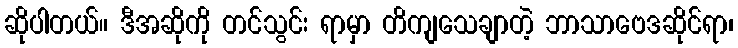
ဆိုပါတယ်။ ဒီအဆိုကို တင်သွင်း ရာမှာ တိကျသေချာတဲ့ ဘာသာဗေဒဆိုင်ရာ၊